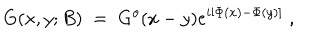
G ( x , y ; B ) \; = \; G ^ { o } ( x - y ) e ^ { i [ \Phi ( x ) - \Phi ( y ) ] } \; ,